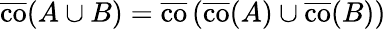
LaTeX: {\overline{{\operatorname{co}}}}(A\cup B)={\overline{{\operatorname{co}}}}\left({\overline{{\operatorname{co}}}}(A)\cup{\overline{{\operatorname{co}}}}(B)\right)